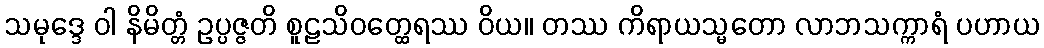
သမုဒ္ဒေ ဝါ နိမိတ္တံ ဥပ္ပဇ္ဇတိ စူဠသိဝတ္ထေရဿ ဝိယ။ တဿ ကိရာယသ္မတော လာဘသက္ကာရံ ပဟာယ